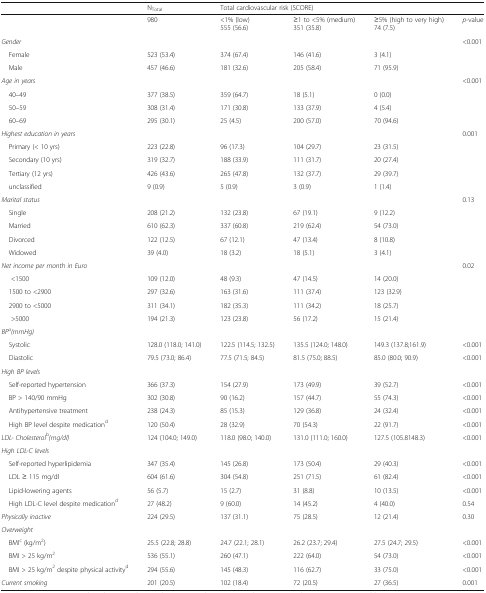
<table><thead><tr><td></td><td><b>N<sub>Total</sub></b></td><td colspan="4"><b>Total cardiovascular risk (SCORE)</b></td></tr></thead><tbody><tr><td></td><td>980</td><td>&lt;1% (low)555 (56.6)</td><td>≥1 to &lt;5% (medium)351 (35.8)</td><td>≥5% (high to very high)74 (7.5)</td><td><i>p</i>-value</td></tr><tr><td><i>Gender</i></td><td colspan="4"></td><td>&lt;0.001</td></tr><tr><td> Female</td><td>523 (53.4)</td><td>374 (67.4)</td><td>146 (41.6)</td><td>3 (4.1)</td><td></td></tr><tr><td> Male</td><td>457 (46.6)</td><td>181 (32.6)</td><td>205 (58.4)</td><td>71 (95.9)</td><td></td></tr><tr><td colspan="5"><i>Age in years</i></td><td>&lt;0.001</td></tr><tr><td> 40–49</td><td>377 (38.5)</td><td>359 (64.7)</td><td>18 (5.1)</td><td>0 (0.0)</td><td></td></tr><tr><td> 50–59</td><td>308 (31.4)</td><td>171 (30.8)</td><td>133 (37.9)</td><td>4 (5.4)</td><td></td></tr><tr><td> 60–69</td><td>295 (30.1)</td><td>25 (4.5)</td><td>200 (57.0)</td><td>70 (94.6)</td><td></td></tr><tr><td><i>Highest education</i> <i>in</i><i>years</i></td><td colspan="4"></td><td>0.001</td></tr><tr><td> Primary (&lt; 10 yrs)</td><td>223 (22.8)</td><td>96 (17.3)</td><td>104 (29.7)</td><td>23 (31.5)</td><td></td></tr><tr><td> Secondary (10 yrs)</td><td>319 (32.7)</td><td>188 (33.9)</td><td>111 (31.7)</td><td>20 (27.4)</td><td></td></tr><tr><td> Tertiary (12 yrs)</td><td>426 (43.6)</td><td>265 (47.8)</td><td>132 (37.7)</td><td>29 (39.7)</td><td></td></tr><tr><td> unclassified</td><td>9 (0.9)</td><td>5 (0.9)</td><td>3 (0.9)</td><td>1 (1.4)</td><td></td></tr><tr><td><i>Marital status</i></td><td colspan="4"></td><td>0.13</td></tr><tr><td> Single</td><td>208 (21.2)</td><td>132 (23.8)</td><td>67 (19.1)</td><td>9 (12.2)</td><td></td></tr><tr><td> Married</td><td>610 (62.3)</td><td>337 (60.8)</td><td>219 (62.4)</td><td>54 (73.0)</td><td></td></tr><tr><td> Divorced</td><td>122 (12.5)</td><td>67 (12.1)</td><td>47 (13.4)</td><td>8 (10.8)</td><td></td></tr><tr><td> Widowed</td><td>39 (4.0)</td><td>18 (3.2)</td><td>18 (5.1)</td><td>3 (4.1)</td><td></td></tr><tr><td><i>Net income per month in Euro</i></td><td></td><td></td><td></td><td></td><td>0.02</td></tr><tr><td>&lt;1500</td><td>109 (12.0)</td><td>48 (9.3)</td><td>47 (14.5)</td><td>14 (20.0)</td><td></td></tr><tr><td> 1500 to &lt;2900</td><td>297 (32.6)</td><td>163 (31.6)</td><td>111 (37.4)</td><td>123 (32.9)</td><td></td></tr><tr><td> 2900 to &lt;5000</td><td>311 (34.1)</td><td>182 (35.3)</td><td>111 (34.2)</td><td>18 (25.7)</td><td></td></tr><tr><td>&gt;5000</td><td>194 (21.3)</td><td>123 (23.8)</td><td>56 (17.2)</td><td>15 (21.4)</td><td></td></tr><tr><td><i>BP</i><sup><i>a</i></sup><i>(mmHg)</i></td><td colspan="4"></td><td></td></tr><tr><td> Systolic</td><td>128.0 (118.0; 141.0)</td><td>122.5 (114.5; 132.5)</td><td>135.5 (124.0; 148.0)</td><td>149.3 (137.8;161.9)</td><td>&lt;0.001</td></tr><tr><td> Diastolic</td><td>79.5 (73.0; 86.4)</td><td>77.5 (71.5; 84.5)</td><td>81.5 (75.0; 88.5)</td><td>85.0 (80.0; 90.9)</td><td>&lt;0.001</td></tr><tr><td><i>High BP levels</i></td><td></td><td></td><td></td><td></td><td></td></tr><tr><td> Self-reported hypertension</td><td>366 (37.3)</td><td>154 (27.9)</td><td>173 (49.9)</td><td>39 (52.7)</td><td>&lt;0.001</td></tr><tr><td> BP &gt; 140/90 mmHg</td><td>302 (30.8)</td><td>90 (16.2)</td><td>157 (44.7)</td><td>55 (74.3)</td><td>&lt;0.001</td></tr><tr><td> Antihypertensive treatment</td><td>238 (24.3)</td><td>85 (15.3)</td><td>129 (36.8)</td><td>24 (32.4)</td><td>&lt;0.001</td></tr><tr><td> High BP level despite medication<sup>d</sup></td><td>120 (50.4)</td><td>28 (32.9)</td><td>70 (54.3)</td><td>22 (91.7)</td><td>&lt;0.001</td></tr><tr><td><i>LDL- Cholesterol</i><sup>b</sup><i>(mg/dl)</i></td><td>124 (104.0; 149.0)</td><td>118.0 (98.0; 140.0)</td><td>131.0 (111.0; 160.0)</td><td>127.5 (105.8148.3)</td><td>&lt;0.001</td></tr><tr><td><i>High LDL-C levels</i></td><td colspan="5"></td></tr><tr><td> Self-reported hyperlipidemia</td><td>347 (35.4)</td><td>145 (26.8)</td><td>173 (50.4)</td><td>29 (40.3)</td><td>&lt;0.001</td></tr><tr><td> LDL ≥ 115 mg/dl</td><td>604 (61.6)</td><td>304 (54.8)</td><td>251 (71.5)</td><td>61 (82.4)</td><td>&lt;0.001</td></tr><tr><td> Lipid-lowering agents</td><td>56 (5.7)</td><td>15 (2.7)</td><td>31 (8.8)</td><td>10 (13.5)</td><td>&lt;0.001</td></tr><tr><td> High LDL-C level despite medication<sup>d</sup></td><td>27 (48.2)</td><td>9 (60.0)</td><td>14 (45.2)</td><td>4 (40.0)</td><td>0.54</td></tr><tr><td><i>Physically </i><i>inactive</i></td><td>224 (29.5)</td><td>137 (31.1)</td><td>75 (28.5)</td><td>12 (21.4)</td><td>0.30</td></tr><tr><td><i>Overweight</i></td><td colspan="5"></td></tr><tr><td> BMI<sup>c</sup> (kg/m<sup>2</sup>)</td><td>25.5 (22.8; 28.8)</td><td>24.7 (22.1; 28.1)</td><td>26.2 (23.7; 29.4)</td><td>27.5 (24.7; 29.5)</td><td>&lt;0.001</td></tr><tr><td> BMI &gt; 25 kg/m<sup>2</sup></td><td>536 (55.1)</td><td>260 (47.1)</td><td>222 (64.0)</td><td>54 (73.0)</td><td>&lt;0.001</td></tr><tr><td> BMI &gt; 25 kg/m<sup>2</sup> despite physical activity<sup>d</sup></td><td>294 (55.6)</td><td>145 (48.3)</td><td>116 (62.7)</td><td>33 (75.0)</td><td>&lt;0.001</td></tr><tr><td><i>Current smoking</i></td><td>201 (20.5)</td><td>102 (18.4)</td><td>72 (20.5)</td><td>27 (36.5)</td><td>0.001</td></tr></tbody></table>